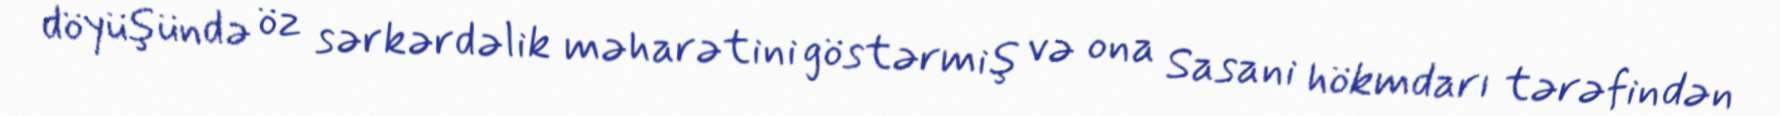
döyüşündə öz sərkərdəlik məharətini göstərmiş və ona Sasani hökmdarı tərəfindən